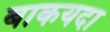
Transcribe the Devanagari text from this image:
बाकयदा